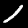
Label: 1